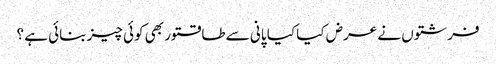
فرشتوں نے عرض کیا کیا پانی سے طاقتور بھی کوئی چیز بنائی ہے ؟